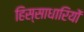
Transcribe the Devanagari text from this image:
हिस्साधारियों